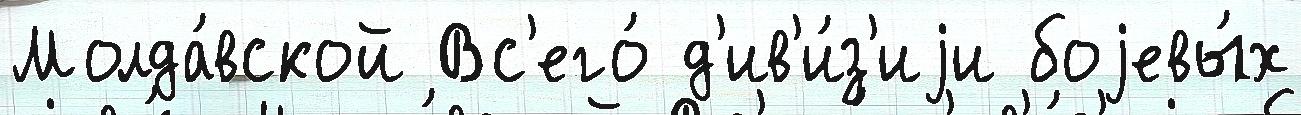
Молда́вской Вс'его́ д'ив'и́з'иjи боjевы́х